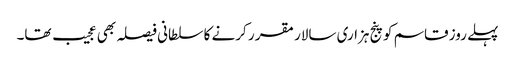
پہلے روز قاسم کو پنج ہزاری سالار مقر ر کرنے کا سلطانی فیصلہ بھی عجیب تھا۔